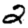
Digit: 2